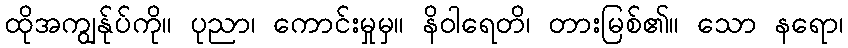
ထိုအကျွန်ုပ်ကို။ ပုညာ၊ ကောင်းမှုမှ။ နိဝါရေတိ၊ တားမြစ်၏။ သော နရော၊